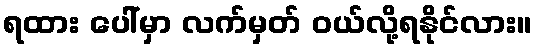
ရထား ပေါ်မှာ လက်မှတ် ဝယ်လို့ရနိုင်လား။